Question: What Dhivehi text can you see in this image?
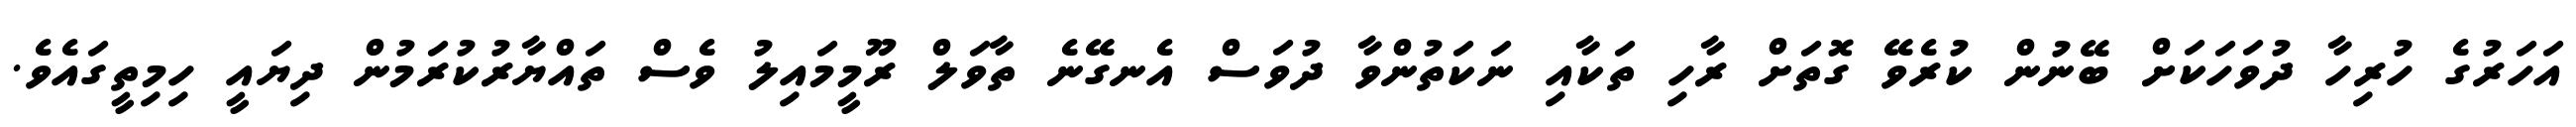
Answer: އަހަރުގެ ހުރިހާ ދުވަހަކަށް ބޭނުން ކުރެވޭ ގޮތަށް ރާހި ތަކާއި ނަކަތުންވާ ދުވަސް އެނގޭނެ ތާވަލް ރޫމީމައިލު ވެސް ތައްޔާރުކުރަމުން ދިޔައީ ހިމިތީގައެވެ.